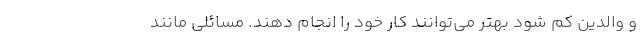
و والدین کم شود بهتر می‌توانند کار خود را انجام دهند. مسائلی مانند